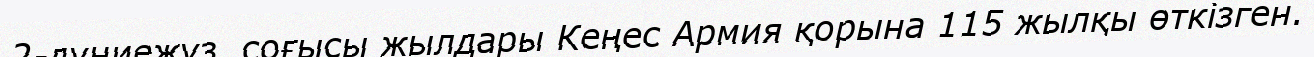
2-дүниежүз. соғысы жылдары Кеңес Армия қорына 115 жылқы өткізген.